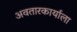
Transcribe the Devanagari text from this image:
अवतारकार्याला